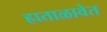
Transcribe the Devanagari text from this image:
हाताळावेत